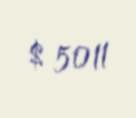
$ 5011